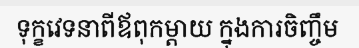
ទុក្ខវេទនាពីឪពុកម្តាយ ក្នុងការចិញ្ចឹម